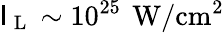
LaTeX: \mathsf{I}_{\mathrm{{~L~}}}\sim10^{25}\, \mathrm{{\: W/cm^{2}}}